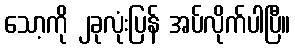
သော့ကို ၂ခုလုံးပြန် အပ်လိုက်ပါပြီ။